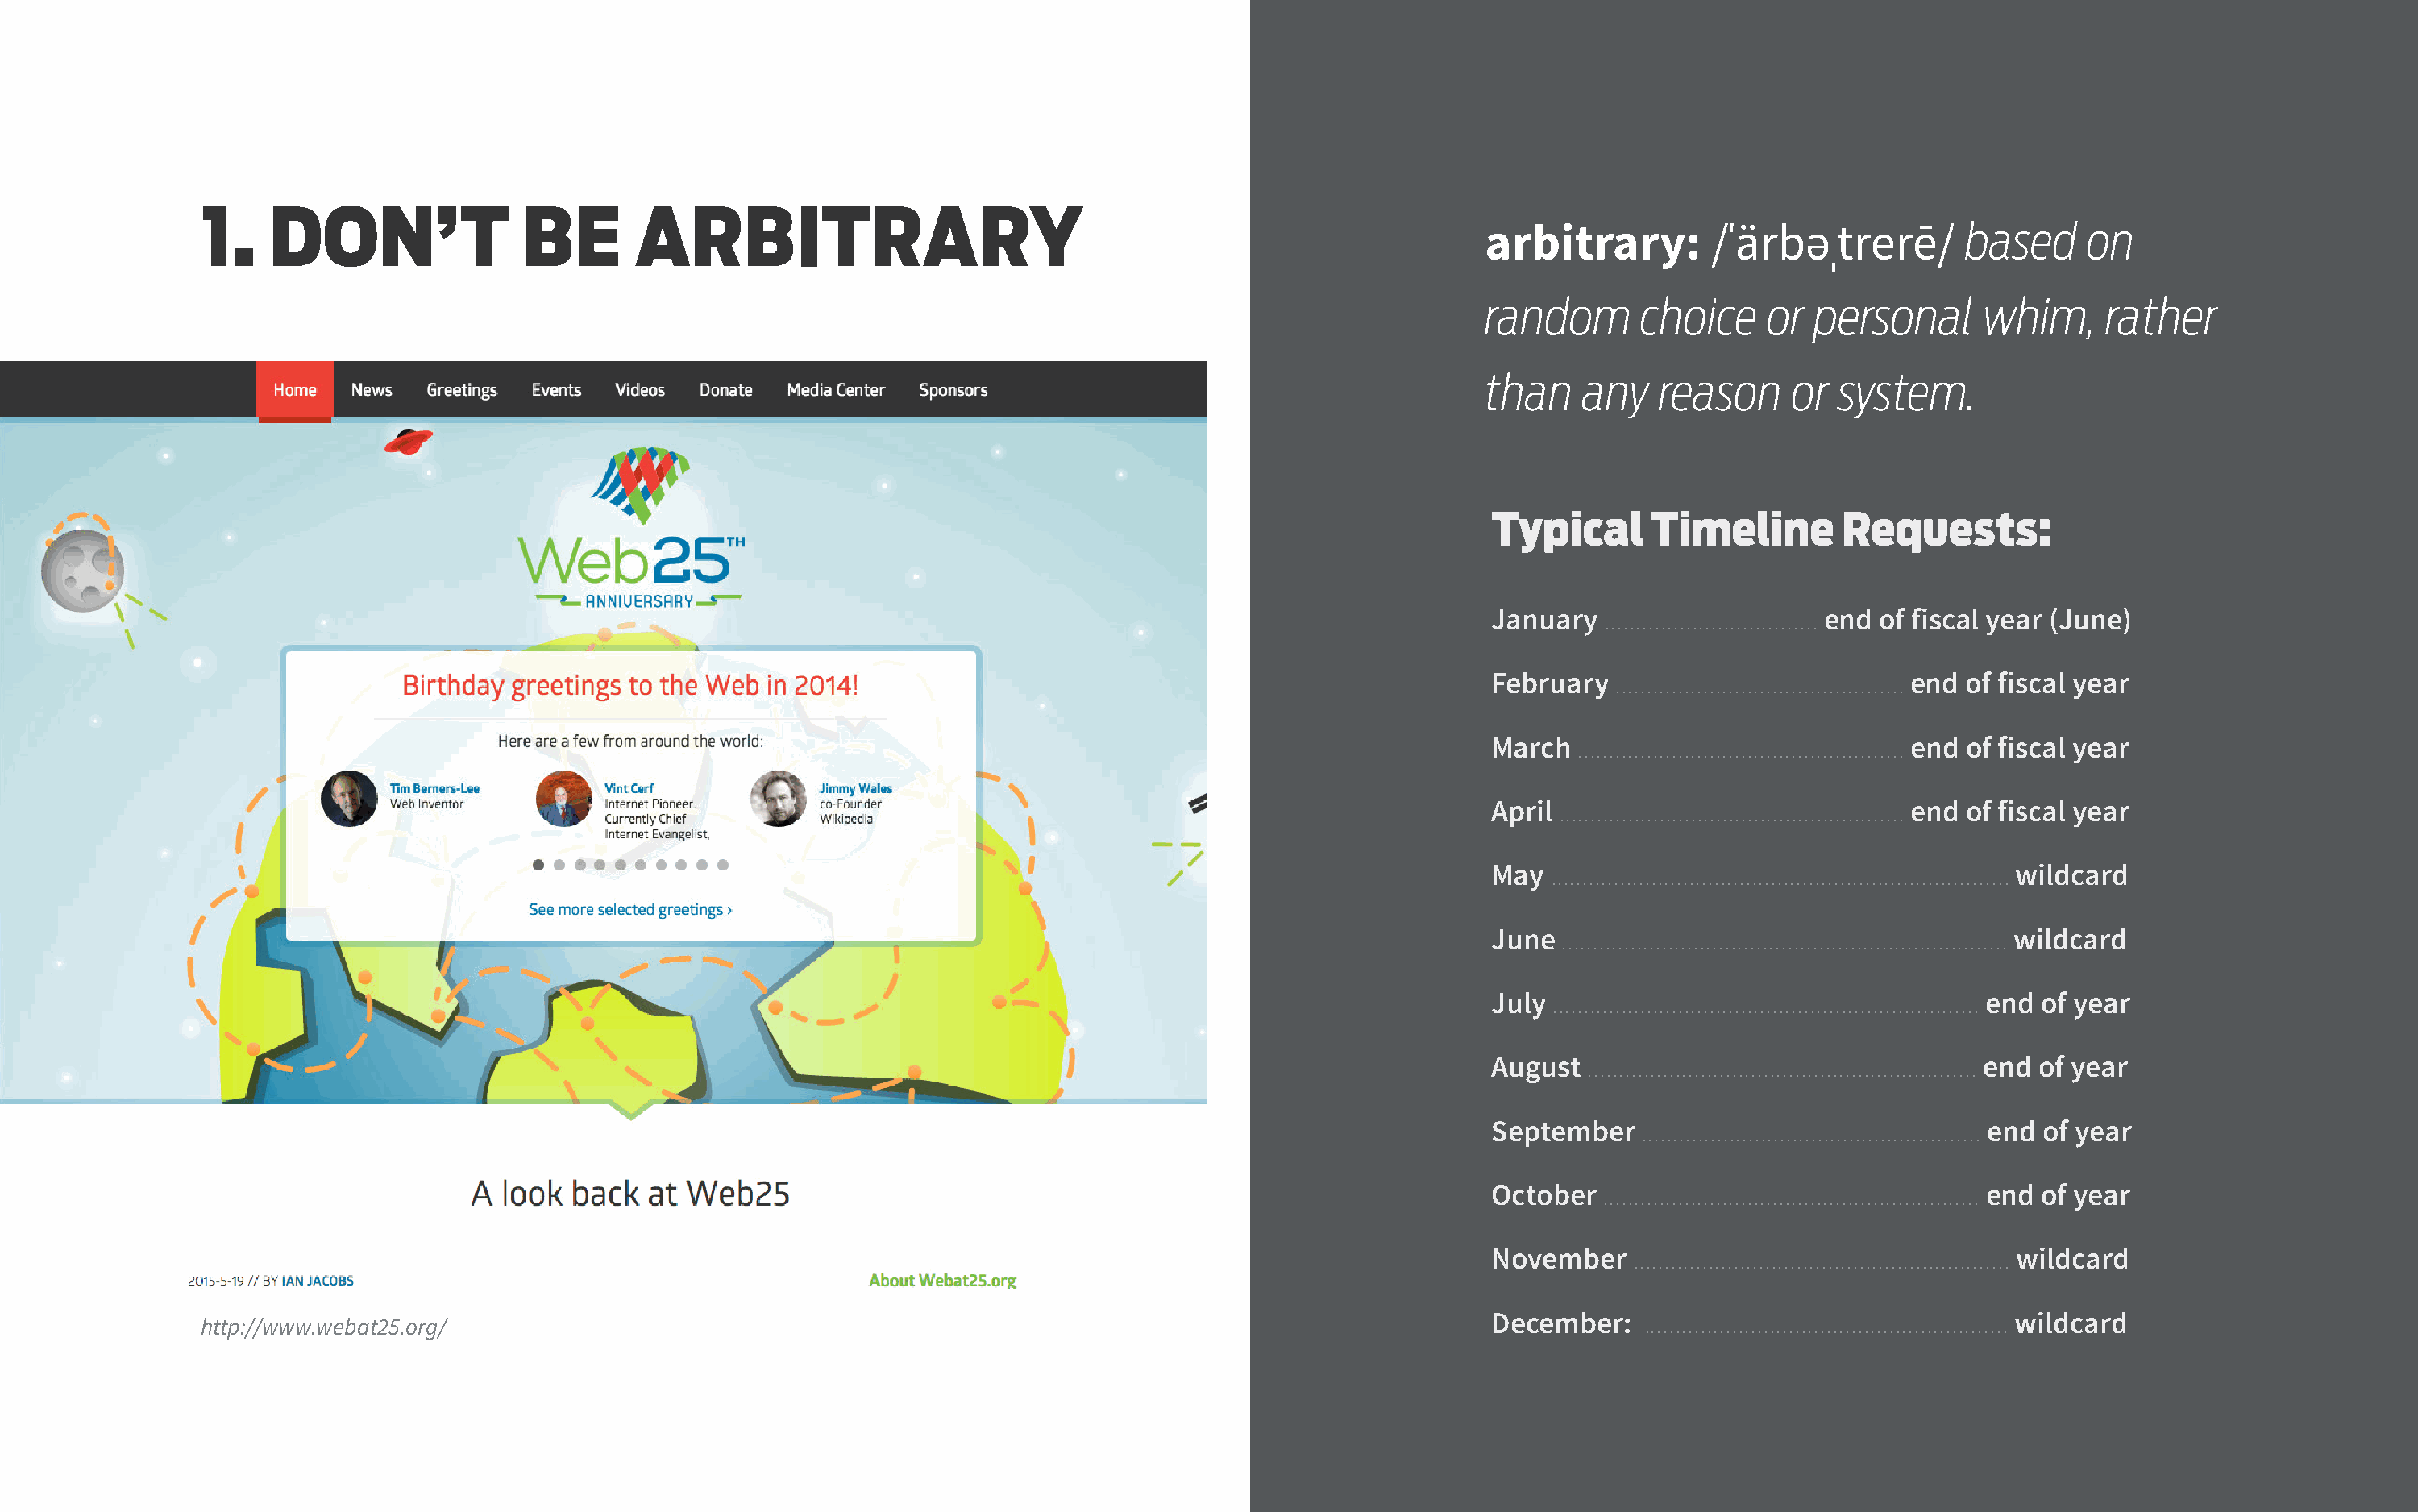
1.   DON’T                BE       ARBITRARY
 based     on
 arbitrary:         /ˈärbəˌtrerē/
 random       choice    or  personal      whim,     rather
 than    any   reason     or  system.
 Typical      Timeline       Requests:
 January  .................................. end of fiscal year (June)
 February  .............................................. end of fiscal year
 March  .................................................... end of fiscal year
 April ....................................................... end of fiscal year
 May ......................................................................... wildcard
 June ....................................................................... wildcard
 July .................................................................... end of year
 August .............................................................. end of year
 September   ...................................................... end of year
 October  ............................................................ end of year
 November   ............................................................ wildcard
 http://www.webat25.org/                                                                                    December:   .......................................................... wildcard